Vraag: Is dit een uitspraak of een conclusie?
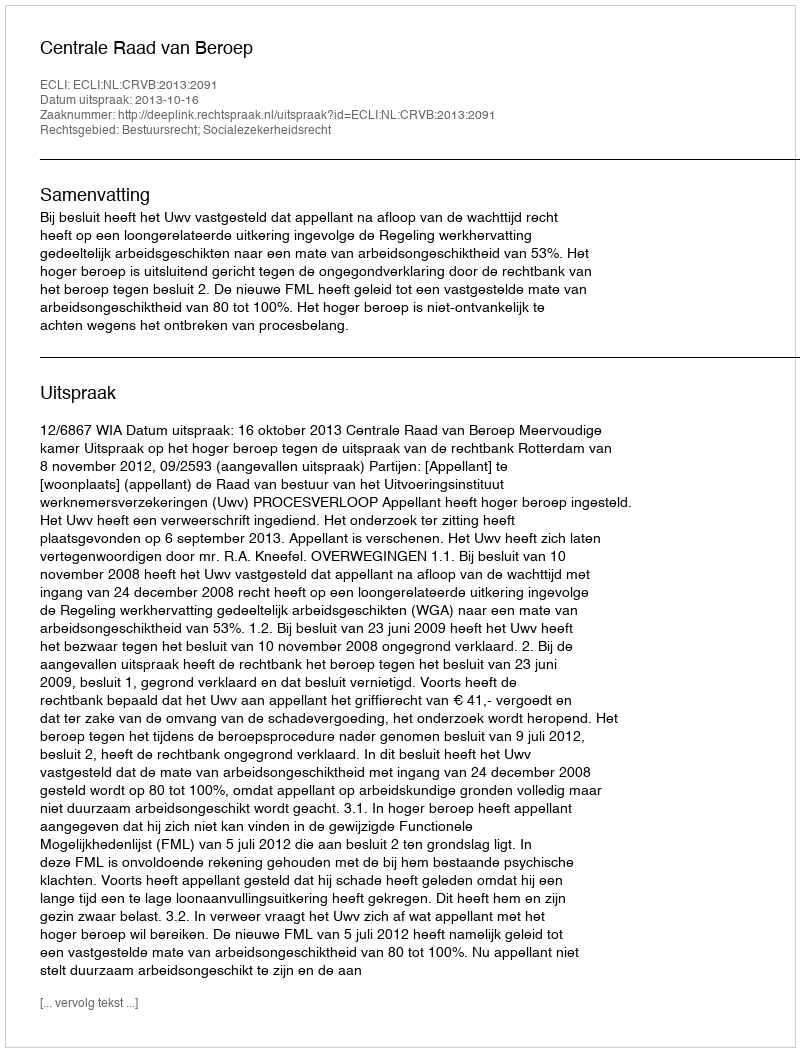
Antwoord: Uitspraak